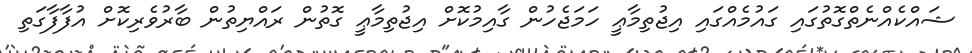
ޝައްކެއްނެތްގޮތުގައި ގައުމެއްގައި އިޖުތިމާޢީ ހަމަޖެހުން ގާއިމުކޮށް އިޖުތިމާޢީ ގޮތުން ރައްޔިތުން ބާރުވެރިކޮށް އުފާފާގަތި